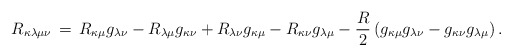
\begin{align*} R_{\kappa \lambda \mu \nu}\,=\,R_{\kappa \mu}g_{\lambda \nu}-R_{\lambda \mu}g_{\kappa \nu}+R_{\lambda \nu}g_{\kappa \mu}-R_{\kappa \nu}g_{\lambda \mu}-\frac{R}{2}\left(g_{\kappa \mu}g_{\lambda \nu}-g_{\kappa \nu}g_{\lambda \mu}\right).\end{align*}